Vaccination North-Western Provinces and Oudh 1878-1895 - 1878-1895
Year: 1878
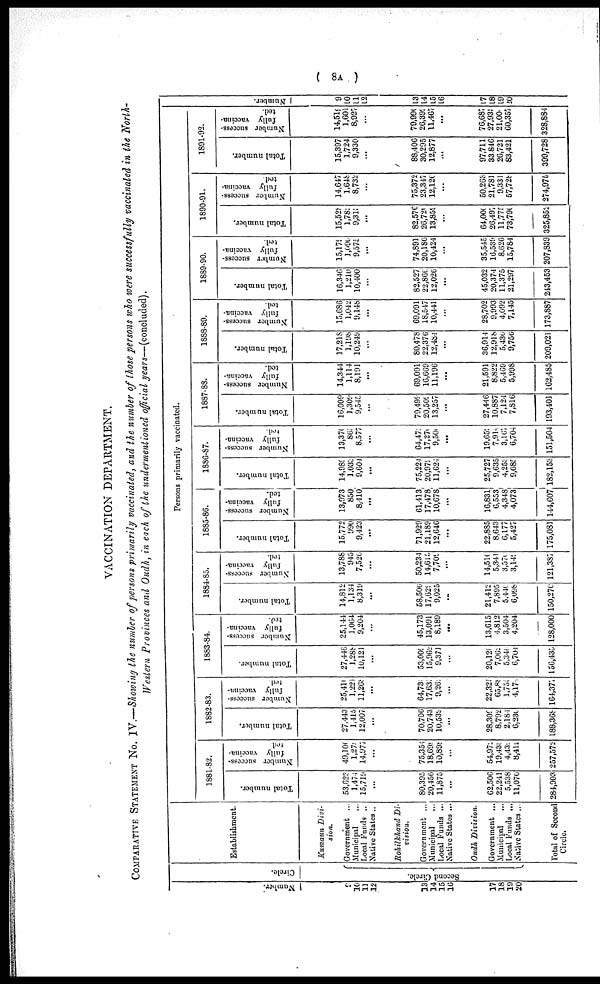
(
8A)
VACCINATION DEPARTMENT.
COMPARATIVE STATEMENT NO. IV.—Showing the number of persons primarily vaccinated, and the number of those persons who were successfully vaccinated in the North-
Western Provinces and Oudh, in each of the undermentioned official years—(concluded).
Number.
9
10
11
12
13
14
15
16
17
18
19
20
Circle.
Second Circle.
Establishment.
Kumaun Divi-
sion.
Government ...
Municipal ...
Local Funds ...
Native States ..
Rohilkhand Di-
vision.
Government ...
Municipal ...
Local Funds ...
Native States ...
Oudh Division.
Government ...
Municipal ...
Local Funds ...
Native States ...
Total of Second
Circle.
Persons primarily vaccinated.
1881-82.
Total number.
53,623
1,474
15,719
...
80,395
20,456
11,875
...
62,506
22,241
5,538
11,076
284,903
Number success-
fully vaccina-
ted
49,106
1,278
14,977
...
75,354
18,698
10,898
...
54,972
19,438
4,439
8,412
257,572
1882-83.
Total number.
27,443
1,415
12,007
...
70,706
20,743
10,539
...
28,309
8,792
2,184
6,230
188,368
Number success-
fully vaccina-
ted
25,411
1,221
11,208
...
64,733
17,635
9,263
...
22,325
65,88
1,756
4,174
164,377
1883-84.
Total number.
27,446
1,288
10,121
...
53,009
15,962
9,371
...
20,120
7,062
5,346
6,704
156,435
Number success-
fully vaccina-
ted.
25,144
1,064
9,204
...
45,173
13,091
8,189
...
13,615
4,812
3,504
4,204
128,000
1884-85.
Total number.
14,812
1,134
8,319
...
58,506
17,629
9,025
...
21,412
7,895
5,440
6,098
150,276
Number success-
fully vaccina-
ted.
13,788
945
7,520
...
50,234
14,615
7,709
...
14,510
5,341
3,576
3,149
121,387
1885-86.
Total number.
15,772
990
9,423
...
71,929
21,189
12,646
...
22,885
8,643
6,177
5,427
175,081
Number success-
fully vaccina-
ted.
13,973
850
8,410
...
61,413
17,478
10,678
...
16,831
6,553
4,348
4,073
144,607
1886-87.
Total number.
14,989
1,033
9,604
...
75,224
20,979
11,624
...
25,727
9,635
4,253
9,085
182,153
Number success-
fully vaccina-
ted.
13,370
863
8,577
...
64,473
17,270
9,500
...
19,659
7,914
3,167
6,704
151,504
1887-88.
Total number.
16,009
1,309
9,545
...
79,499
20,509
13,257
...
27,446
10,887
7,124
7,816
193,401
Number success-
fully vaccina-
ted.
14,344
1,114
8,191
...
69,091
16,669
11,196
...
21,591
8,822
5,469
5,998
162,485
1888-89.
Total number.
17,218
1,198
10,249
...
80,478
22,376
12,484
...
36,914
12,918
5,430
9,756
209,021
Number success-
fully vaccina-
ted.
15,686
1,042
9,148
...
69,091
18,547
10,441
...
28,702
9,993
4,092
7,145
173,887
1889-90.
Total number.
16,346
1,210
10,400
...
82,527
22,866
12,026
...
45,032
20,374
11,375
21,297
243,453
Number success-
fully vaccina-
ted.
15,179
1,090
9,575
...
74,891
20,186
10,424
...
35,545
16,539
8,626
15,784
207,839
1890-91.
Total number.
15,528
1,782
9,313
...
82,576
26,720
13,859
...
64,000
26,497
11,775
73,790
325,852
Number success-
fully vaccina-
ted
14,647
1,648
8,732
...
75,372
23,347
12,126
...
50,263
21,781
9,331
57,728
274,975
1891-92.
Total number.
15,397
1,724
9,330
...
88,406
30,295
12,877
...
97,711
33,846
26,721
83,421
399,728
Nu mb e r s ucces s -
ful l y vaccina-
ted.
14,519
1,601
8,927
...
79,990
26,399
11,467
...
76,687
27,939
21,004
60,357
328,884
Numbe r
.
9
10
11
12
13
14
15
16
17
18
19
20